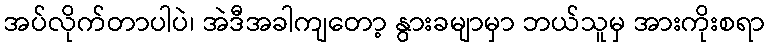
အပ်လိုက်တာပါပဲ၊ အဲဒီအခါကျတော့ နွားခမျာမှာ ဘယ်သူမှ အားကိုးစရာ